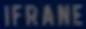
IFRANE